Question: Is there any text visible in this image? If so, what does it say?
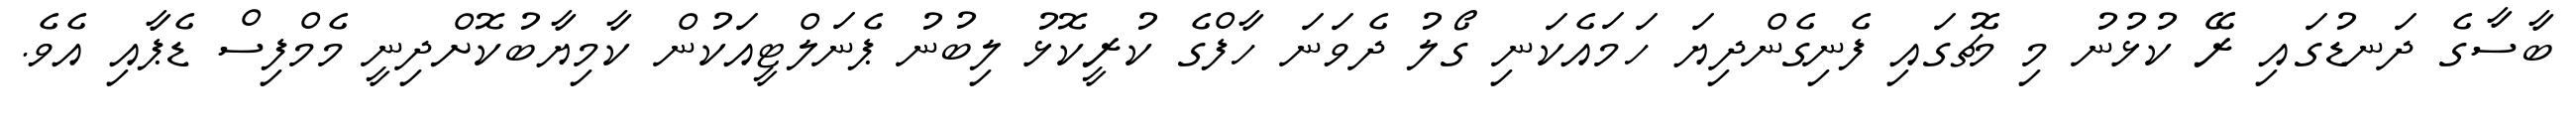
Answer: ބާސާގެ ދަނޑުގައި ރޭ ކުޅުނު މި މެޗުގައި ފެނިގެންދިޔަ ހަމައެކަނި ގޯލު ދެވަނަ ހާފްގެ ކުރީކޮޅު ލިބުނު ޕެނަލްޓީއަކުން ކާމިޔާބުކޮށްދިނީ މެމްފިސް ޑެޕާއި އެވެ.